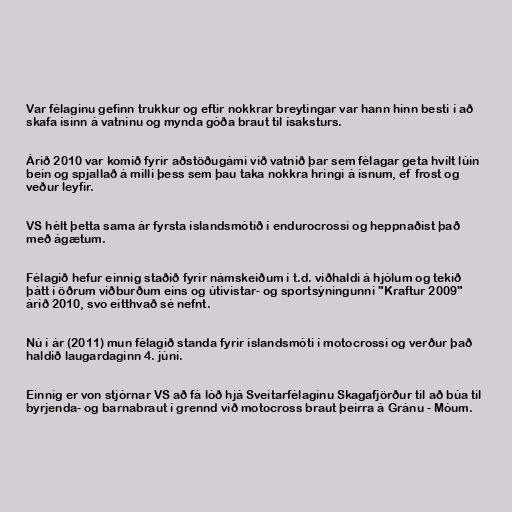
Var félaginu gefinn trukkur og eftir nokkrar breytingar var hann hinn besti í að
skafa ísinn á vatninu og mynda góða braut til ísaksturs.

Árið 2010 var komið fyrir aðstöðugámi við vatnið þar sem félagar geta hvílt lúin
bein og spjallað á milli þess sem þau taka nokkra hringi á ísnum, ef frost og
veður leyfir.

VS hélt þetta sama ár fyrsta íslandsmótið í endurocrossi og heppnaðist það
með ágætum.

Félagið hefur einnig staðið fyrir námskeiðum í t.d. viðhaldi á hjólum og tekið
þátt í öðrum viðburðum eins og útivistar- og sportsýningunni "Kraftur 2009"
árið 2010, svo eitthvað sé nefnt.

Nú í ár (2011) mun félagið standa fyrir íslandsmóti í motocrossi og verður það
haldið laugardaginn 4. júní.

Einnig er von stjórnar VS að fá lóð hjá Sveitarfélaginu Skagafjörður til að búa til
byrjenda- og barnabraut í grennd við motocross braut þeirra á Gránu - Móum.